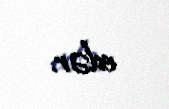
edər.